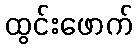
ထွင်းဖောက်